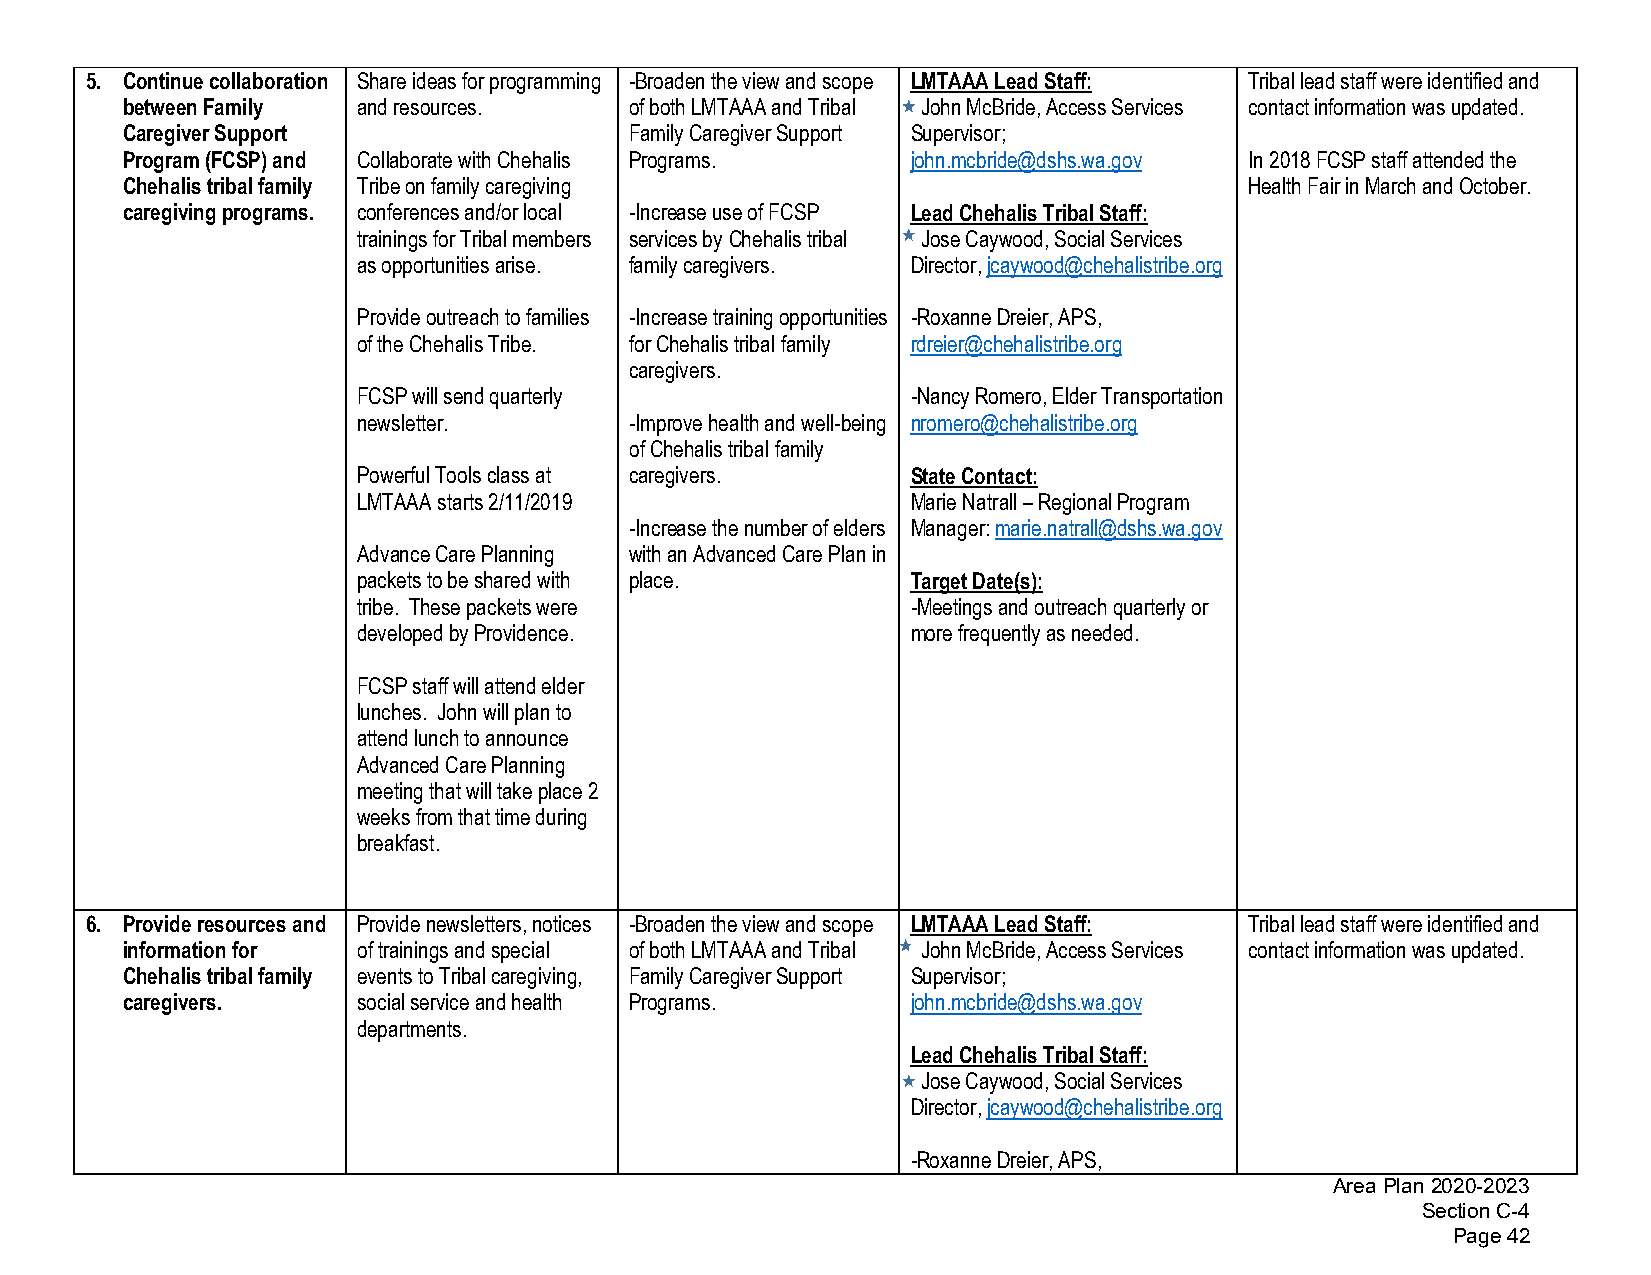
5. Continue collaboration Share ideas for programming -Broaden the view and scope LMTAAA Lead Staff: Tribal lead staff were identified and
 between Family  and resources.    of both LMTAAA and Tribal John McBride, Access Services contact information was updated.
 Caregiver Support                 Family Caregiver Support Supervisor;
 Program (FCSP) and Collaborate with Chehalis Programs. john.mcbride@dshs.wa.gov In 2018 FCSP staff attended the
 Chehalis tribal family Tribe on family caregiving                          Health Fair in March and October.
 caregiving programs. conferences and/or local -Increase use of FCSP Lead Chehalis Tribal Staff:
 trainings for Tribal members services by Chehalis tribal Jose Caywood, Social Services
 as opportunities arise. family caregivers. Director, jcaywood@chehalistribe.org
 Provide outreach to families -Increase training opportunities -Roxanne Dreier, APS,
 of the Chehalis Tribe. for Chehalis tribal family rdreier@chehalistribe.org
 caregivers.
 FCSP will send quarterly            -Nancy Romero, Elder Transportation
 newsletter.       -Improve health and well-being nromero@chehalistribe.org
 of Chehalis tribal family
 Powerful Tools class at caregivers. State Contact:
 LMTAAA starts 2/11/2019             Marie Natrall – Regional Program
 -Increase the number of elders Manager: marie.natrall@dshs.wa.gov
 Advance Care Planning with an Advanced Care Plan in
 packets to be shared with place.    Target Date(s):
 tribe. These packets were           -Meetings and outreach quarterly or
 developed by Providence.            more frequently as needed.
 FCSP staff will attend elder
 lunches. John will plan to
 attend lunch to announce
 Advanced Care Planning
 meeting that will take place 2
 weeks from that time during
 breakfast.
 6. Provide resources and Provide newsletters, notices -Broaden the view and scope LMTAAA Lead Staff: Tribal lead staff were identified and
 information for of trainings and special of both LMTAAA and Tribal John McBride, Access Services contact information was updated.
 Chehalis tribal family events to Tribal caregiving, Family Caregiver Support Supervisor;
 caregivers.     social service and health Programs. john.mcbride@dshs.wa.gov
 departments.
 Lead Chehalis Tribal Staff:
 Jose Caywood, Social Services
 Director, jcaywood@chehalistribe.org
 -Roxanne Dreier, APS,
 Area Plan 2020-2023
 Section C-4
 Page 42